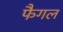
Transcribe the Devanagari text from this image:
फैगल